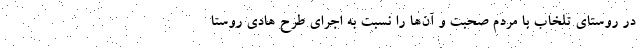
در روستای تلخاب با مردم صحبت و آن‌ها را نسبت به اجرای طرح هادی روستا